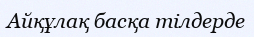
Айқұлақ басқа тілдерде